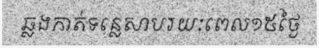
ឆ្លងកាត់ទន្លេសាបរយៈពេល១៥ថ្ងៃ